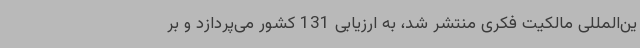
ین‌المللی مالکیت فکری منتشر شد، به ارزیابی 131 کشور می‌پردازد و بر